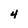
Character: 4